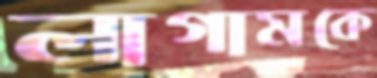
লাগামকে